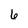
Character: 6